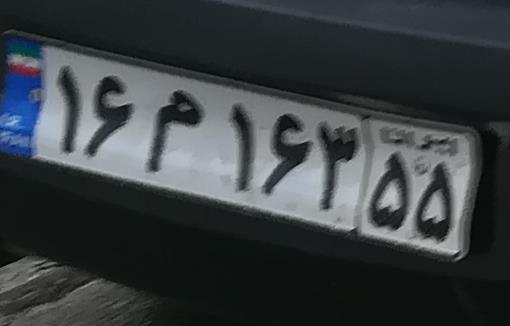
۱۶م۱۶۳۵۵